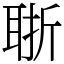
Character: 𦕶